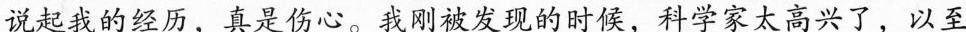
说起我的经历，真是伤心。我刚被发现的时候，科学家太高兴了，以至